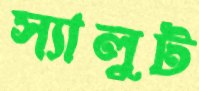
স্যালুট